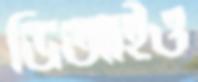
ডিআইও